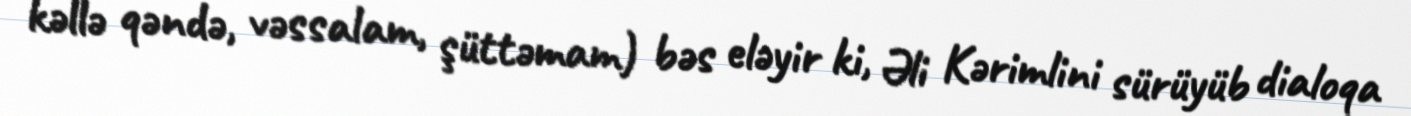
kəllə qəndə, vəssalam, şüttəmam) bəs eləyir ki, Əli Kərimlini sürüyüb dialoqa